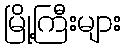
မြို့ကြီးများ